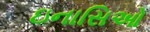
ઇનાસિઓ